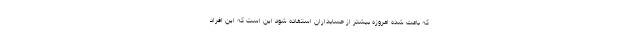
که باعث شده امروزه بیشتر از حسابداران استفاده شود این است که این افراد